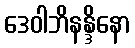
ဒေဝါဘိနန္ဒိနော